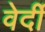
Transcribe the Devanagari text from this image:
वेर्दी